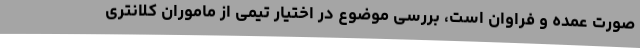
صورت عمده و فراوان است، بررسی موضوع در اختیار تیمی از ماموران کلانتری